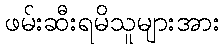
ဖမ်းဆီးရမိသူများအား